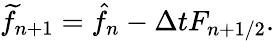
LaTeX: \widetilde{f}_{n+1}=\hat{f}_{n}-\Delta tF_{n+1/2}.